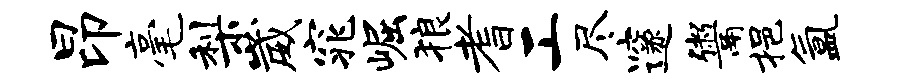
昂毫梨崴窕崛狼耆工尽邃鬻挹氲